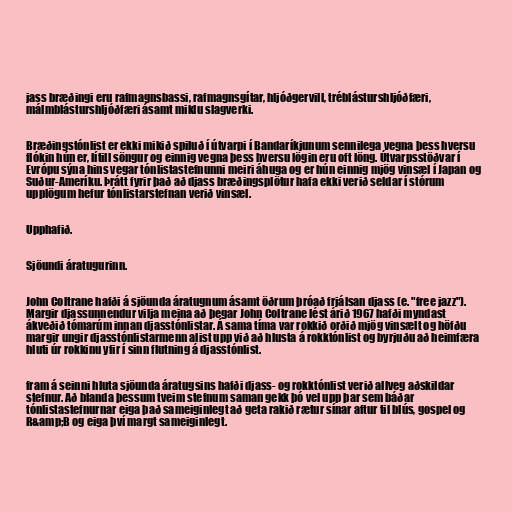
jass bræðingi eru rafmagnsbassi, rafmagnsgítar, hljóðgervill, tréblásturshljóðfæri,
málmblásturshljóðfæri ásamt miklu slagverki.

Bræðingstónlist er ekki mikið spiluð í útvarpi í Bandaríkjunum sennilega vegna þess hversu
flókin hún er, lítill söngur og einnig vegna þess hversu lögin eru oft löng. Útvarpsstöðvar í
Evrópu sýna hins vegar tónlistastefnunni meiri áhuga og er hún einnig mjög vinsæl í Japan og
Suður-Ameríku. Þrátt fyrir það að djass bræðingsplötur hafa ekki verið seldar í stórum
upplögum hefur tónlistarstefnan verið vinsæl.

Upphafið.

Sjöundi áratugurinn.

John Coltrane hafði á sjöunda áratugnum ásamt öðrum þróað frjálsan djass (e. "free jazz").
Margir djassunnendur vilja meina að þegar John Coltrane lést árið 1967 hafði myndast
ákveðið tómarúm innan djasstónlistar. Á sama tíma var rokkið orðið mjög vinsælt og höfðu
margir ungir djasstónlistarmenn alist upp við að hlusta á rokktónlist og byrjuðu að heimfæra
hluti úr rokkinu yfir í sinn flutning á djasstónlist.

fram á seinni hluta sjöunda áratugsins hafði djass- og rokktónlist verið allveg aðskildar
stefnur. Að blanda þessum tveim stefnum saman gekk þó vel upp þar sem báðar
tónlistastefnurnar eiga það sameiginlegt að geta rakið rætur sínar aftur til blús, gospel og
R&amp;B og eiga því margt sameiginlegt.